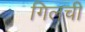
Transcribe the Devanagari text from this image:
गिलची